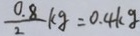
\frac { 0 . 8 } { 2 } k g = 0 . 4 k g